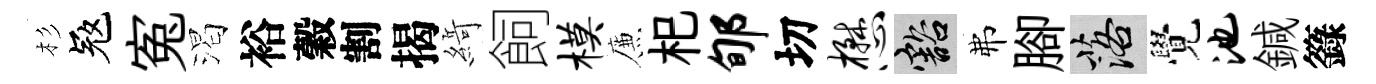
杉冦寃渴裕穀割揭𦂶飼模簾𣏌郇切懋豁弗腳落覺池鍼籙